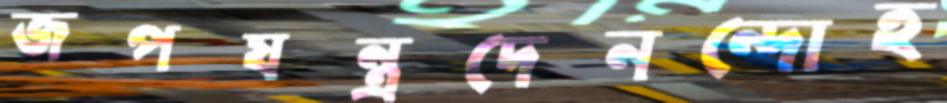
জপযন্ত্রদেনন্দোহ